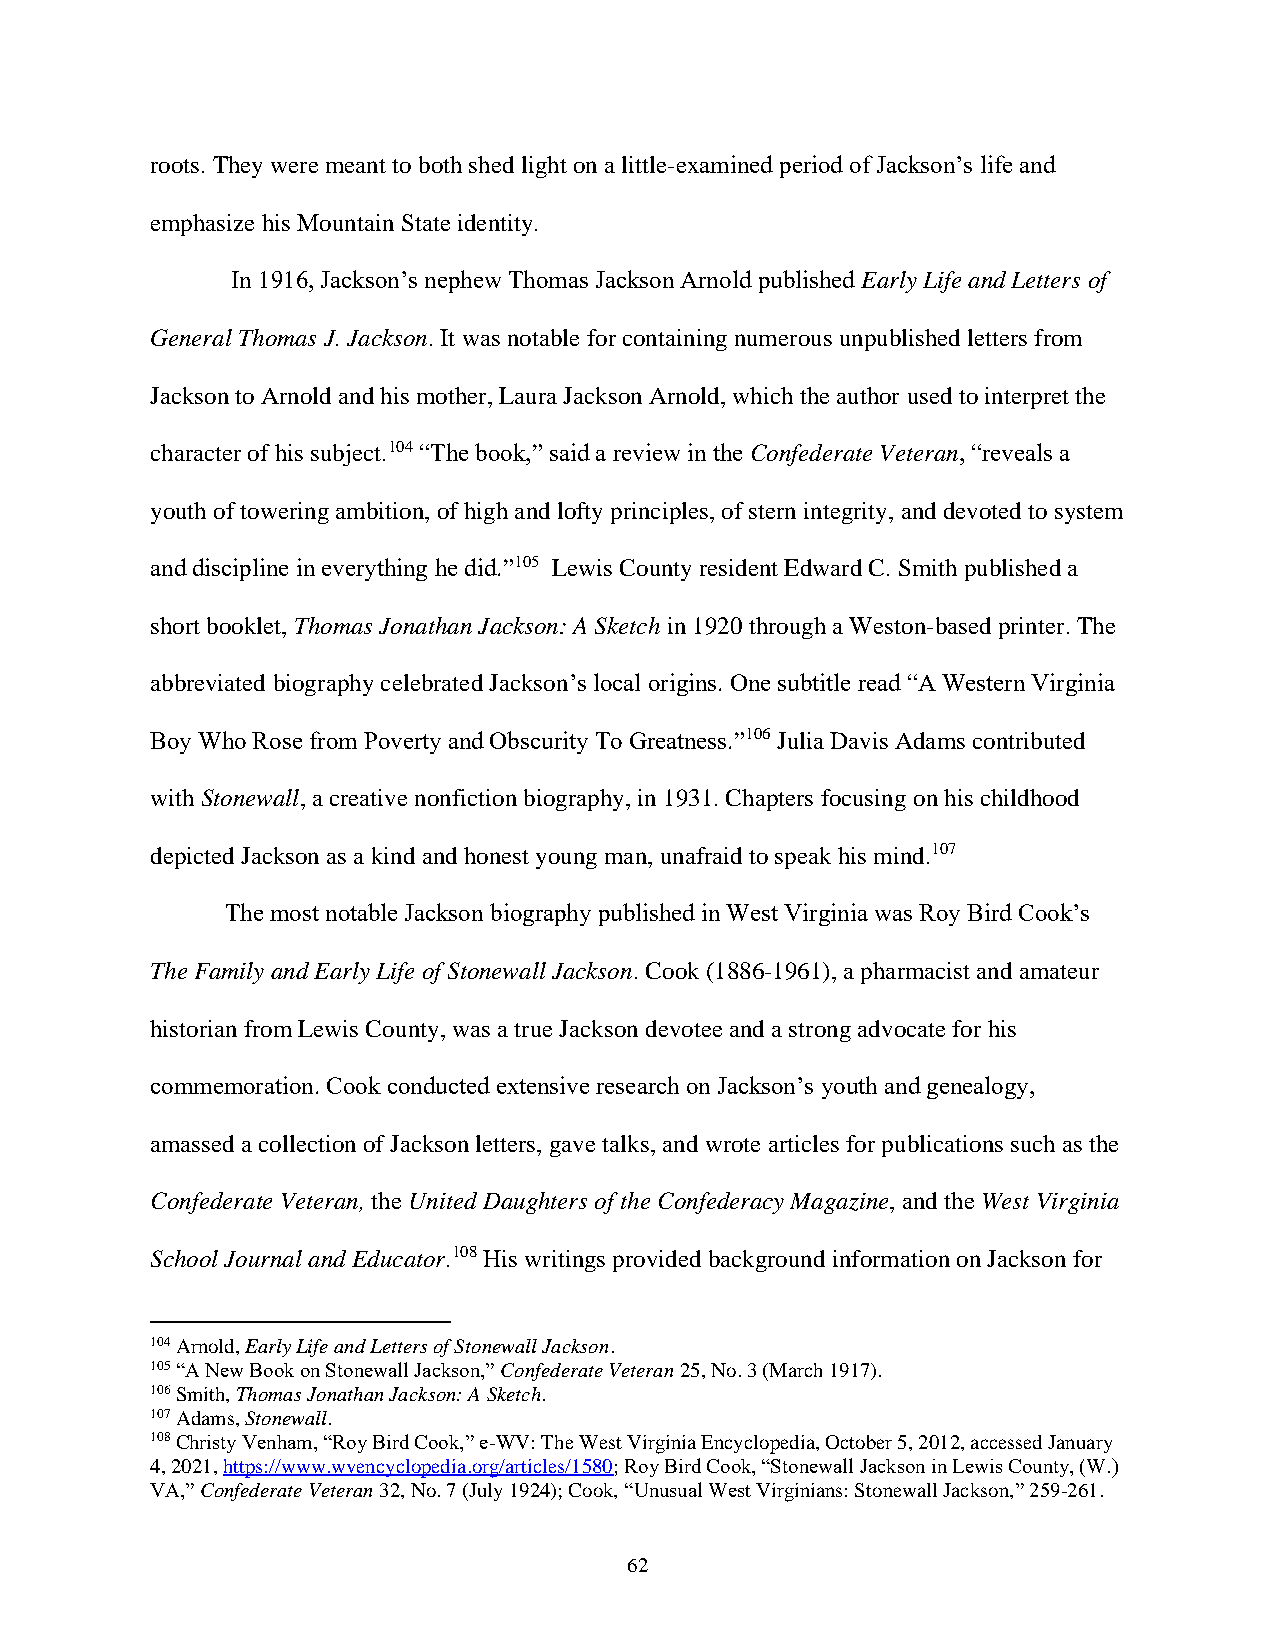
roots. They were meant to both shed light on a little-examined period of Jackson’s life and
 emphasize his Mountain State identity.
 In 1916, Jackson’s nephew Thomas Jackson Arnold published Early Life and Letters of
 General Thomas J. Jackson. It was notable for containing numerous unpublished letters from
 Jackson to Arnold and his mother, Laura Jackson Arnold, which the author used to interpret the
 character of his subject.104 “The book,” said a review in the Confederate Veteran, “reveals a
 youth of towering ambition, of high and lofty principles, of stern integrity, and devoted to system
 and discipline in everything he did.”105 Lewis County resident Edward C. Smith published a
 short booklet, Thomas Jonathan Jackson: A Sketch in 1920 through a Weston-based printer. The
 abbreviated biography celebrated Jackson’s local origins. One subtitle read “A Western Virginia
 Boy Who Rose from Poverty and Obscurity To Greatness.”106 Julia Davis Adams contributed
 with Stonewall, a creative nonfiction biography, in 1931. Chapters focusing on his childhood
 depicted Jackson as a kind and honest young man, unafraid to speak his mind.107
 The most notable Jackson biography published in West Virginia was Roy Bird Cook’s
 The Family and Early Life of Stonewall Jackson. Cook (1886-1961), a pharmacist and amateur
 historian from Lewis County, was a true Jackson devotee and a strong advocate for his
 commemoration. Cook conducted extensive research on Jackson’s youth and genealogy,
 amassed a collection of Jackson letters, gave talks, and wrote articles for publications such as the
 Confederate Veteran, the United Daughters of the Confederacy Magazine, and the West Virginia
 School Journal and Educator.108 His writings provided background information on Jackson for
 104 Arnold, Early Life and Letters of Stonewall Jackson.
 105 “A New Book on Stonewall Jackson,” Confederate Veteran 25, No. 3 (March 1917).
 106 Smith, Thomas Jonathan Jackson: A Sketch.
 107 Adams, Stonewall.
 108 Christy Venham, “Roy Bird Cook,” e-WV: The West Virginia Encyclopedia, October 5, 2012, accessed January
 4, 2021, https://www.wvencyclopedia.org/articles/1580; Roy Bird Cook, “Stonewall Jackson in Lewis County, (W.)
 VA,” Confederate Veteran 32, No. 7 (July 1924); Cook, “Unusual West Virginians: Stonewall Jackson,” 259-261.
 62